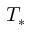
T _ { * }